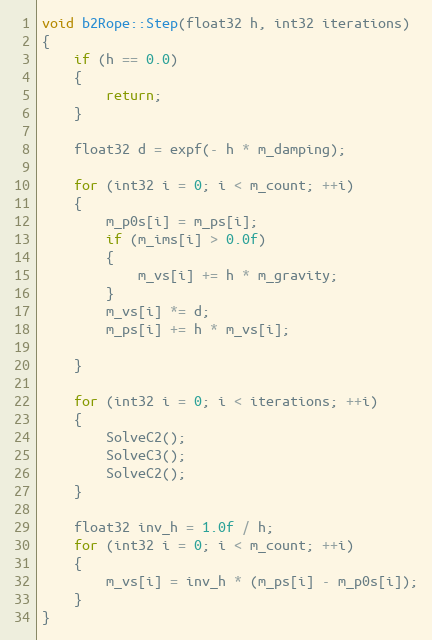
Language: C++
void b2Rope::Step(float32 h, int32 iterations)
{
	if (h == 0.0)
	{
		return;
	}

	float32 d = expf(- h * m_damping);

	for (int32 i = 0; i < m_count; ++i)
	{
		m_p0s[i] = m_ps[i];
		if (m_ims[i] > 0.0f)
		{
			m_vs[i] += h * m_gravity;
		}
		m_vs[i] *= d;
		m_ps[i] += h * m_vs[i];

	}

	for (int32 i = 0; i < iterations; ++i)
	{
		SolveC2();
		SolveC3();
		SolveC2();
	}

	float32 inv_h = 1.0f / h;
	for (int32 i = 0; i < m_count; ++i)
	{
		m_vs[i] = inv_h * (m_ps[i] - m_p0s[i]);
	}
}